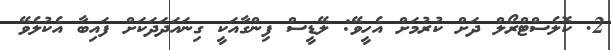
2. ކޮލެސްޓްރޯލް ދަށް ކުރުމަށް އެހީވޭ: ލޭޑީސް ފިންގާއަކީ ގިނައަދަދަކަށް ފައިބާ އެކުލެވޭ